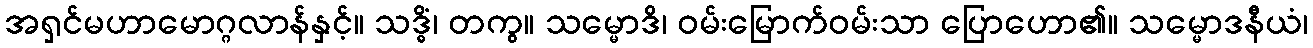
အရှင်မဟာမောဂ္ဂလာန်နှင့်။ သဒ္ဓိံ၊ တကွ။ သမ္မောဒိ၊ ဝမ်းမြောက်ဝမ်းသာ ပြောဟော၏။ သမ္မောဒနီယံ၊